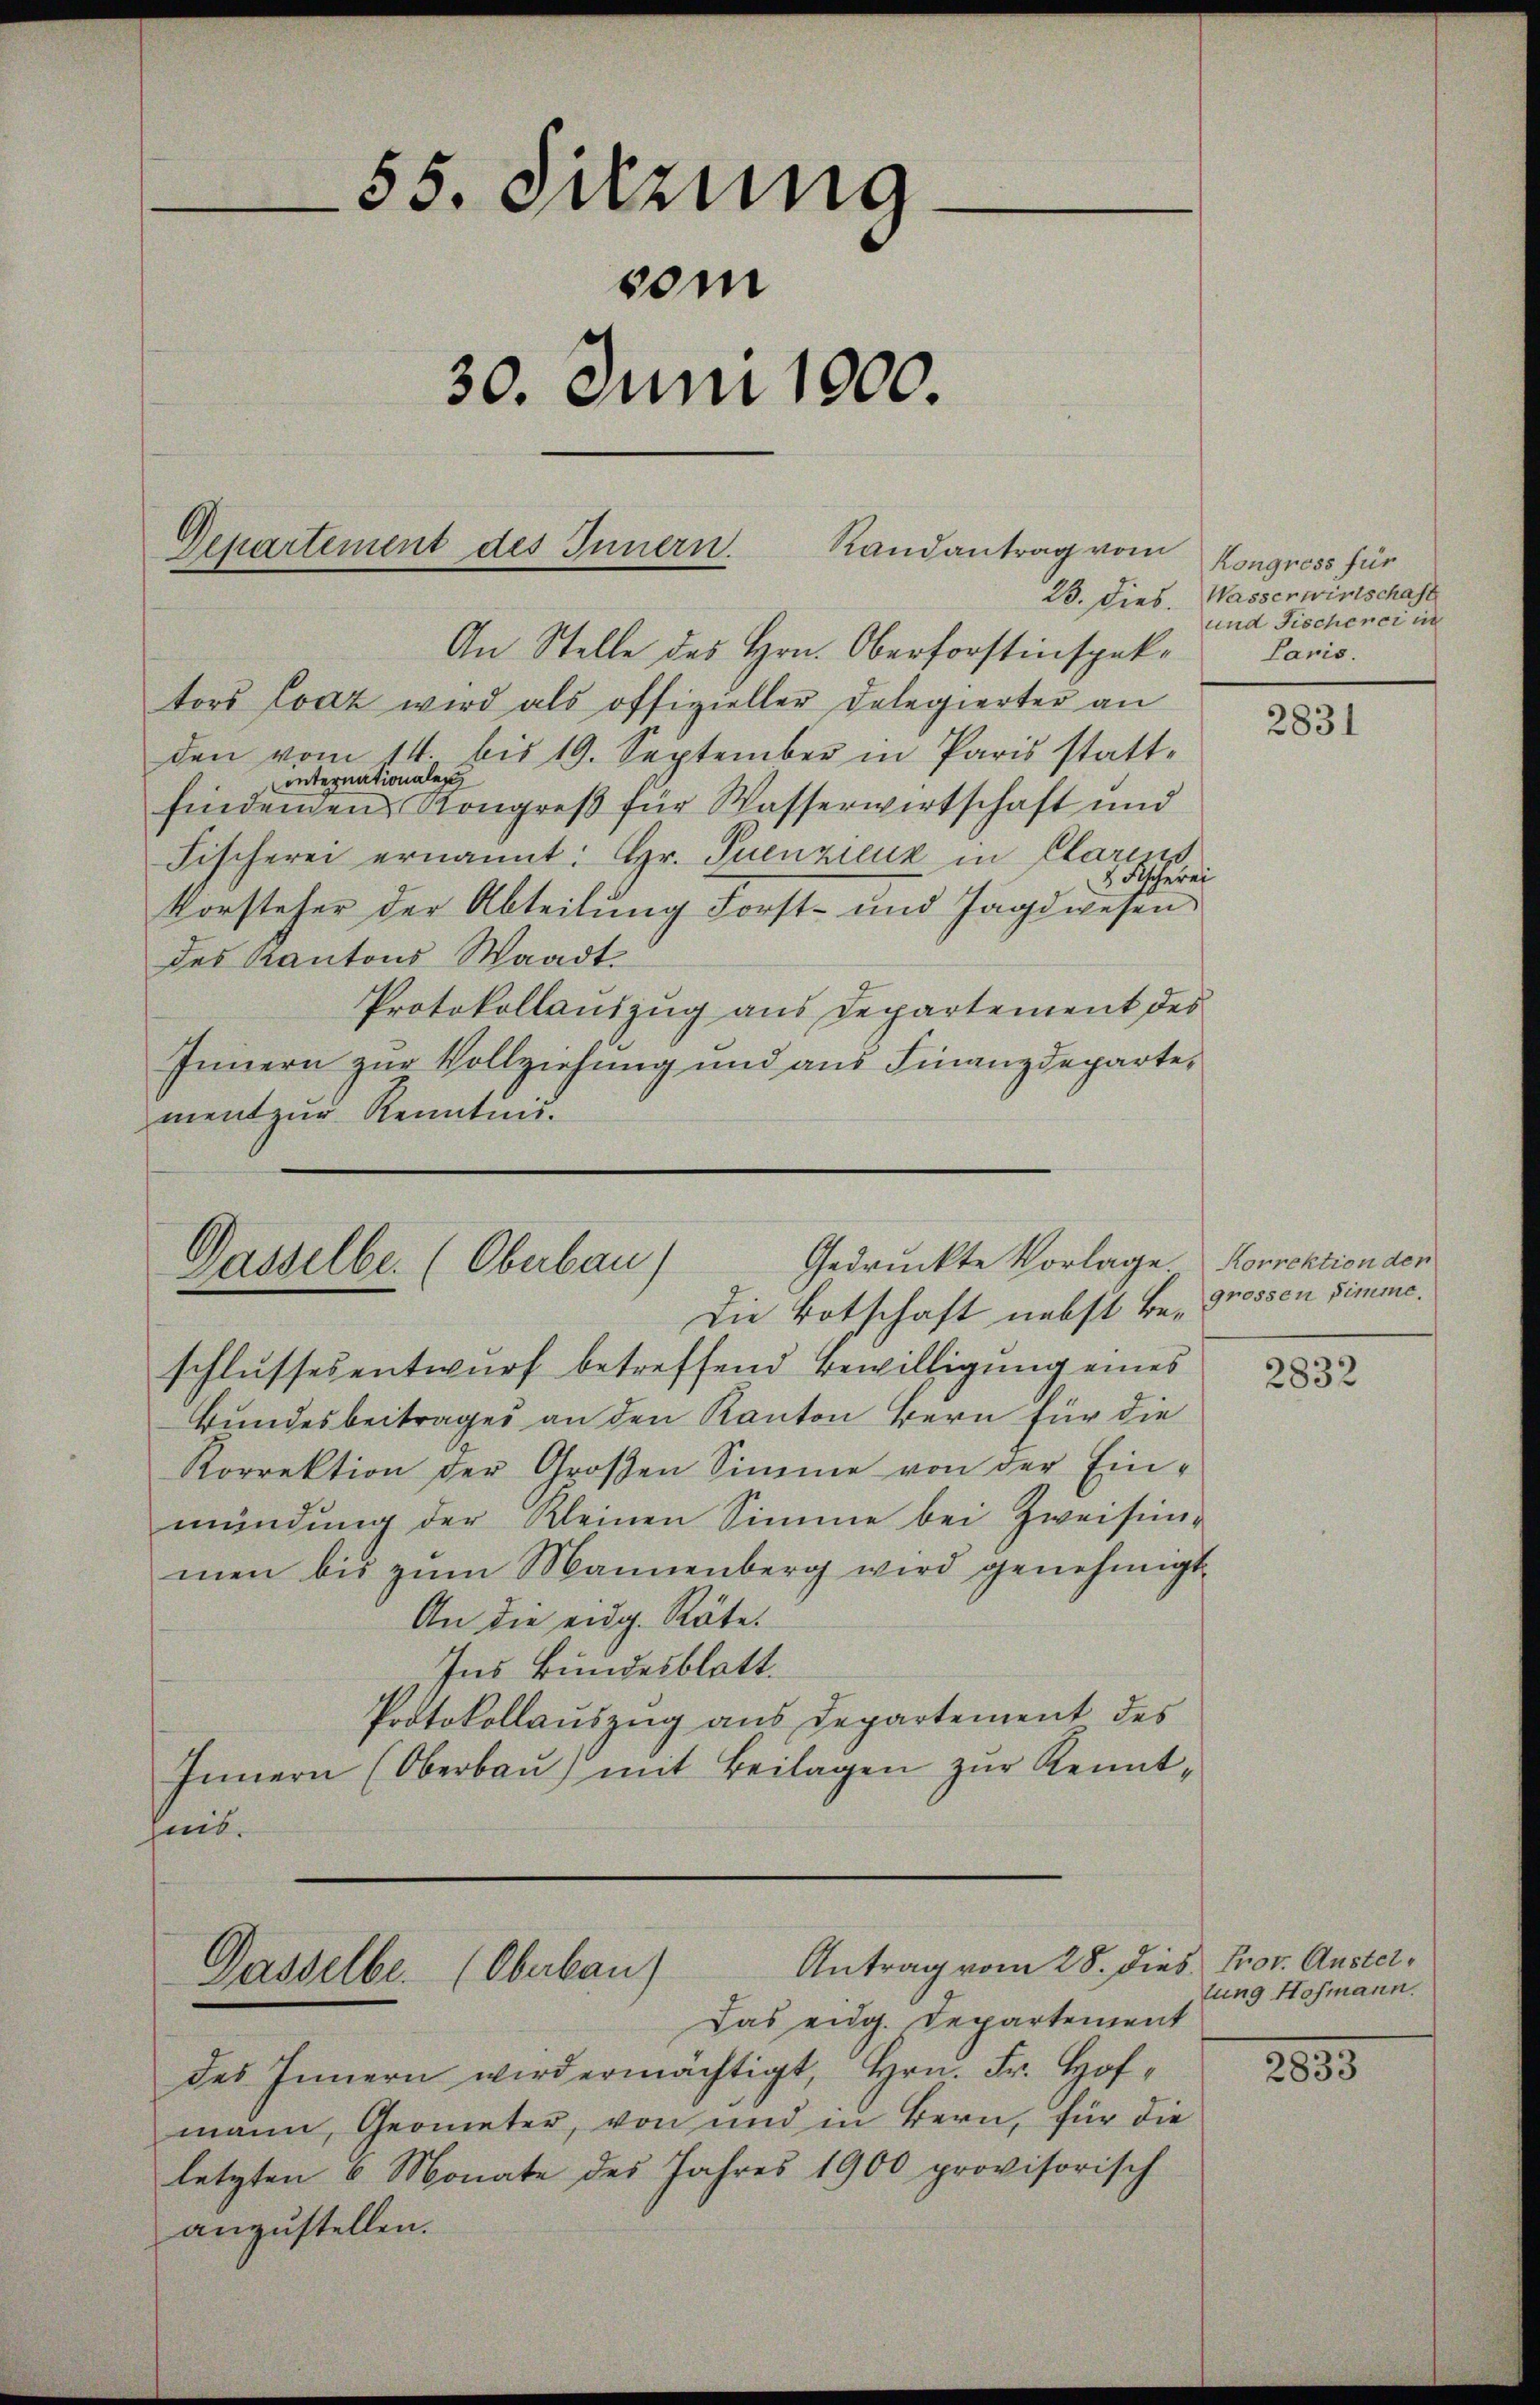
An Stelle des Hrn. Oberforstinspektors Evaz wird als offizieller Delegierter an
den vom 14. bis 19. September in Paris statt-
onternationalen,
findenden Kongreß für Wasserwirtschaft und
Fischerei ernannt: Hr. Puenzicuk in Clarius
 Fischerei
Vorsteher der Abteilung Forst- und Jagdwesen
des Kantons Waadt.
Protokollauszug aus Departement des
Innern zur Vollziehung und aus Finanzdeparte
ment zur Kenntnis.

schlussesentwurf betreffend Bewilligung eines
Bundesbeitrages an den Kanton Bern für die
Korrektion der Großen Simme von der Ein-
mündŭng der Kleinen Simme bei Zweifin-
men bis zum Mannenberg wird genehmigt.
An die eidg. Räte.
Ins Bundesblatt.
Protokollauszug aus Departement des
Innern (Oberbaŭ) mit Beilagen zŭr Kenntheit.

55. Mirung
vom
30. Juni 1000.

Departement des Innern. Randantrag vom

Gedruckte Vorlage Korrektion den
Dasselbe. (Oberbau)
Die Botschaft nebst Be- Grossen simme.

Antrag vom 28. Die
Dasselbe. (Oberbau
Das eidg. Departement

Kongress für
23. Dies. Wasserwirtschaft
und Fischerer in
Paris.

2831

des Innern wird ermächtigt, Hrn. Fr. Hofmann, Geometer, von und in Bern, für die
letzten 4 Monate des Jahres 1900 provisorisch
anzustellen.

2832

5. Prov. Austellung Hofmann.

2833